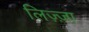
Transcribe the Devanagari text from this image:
लिज़्ज़ा